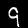
Digit: 9